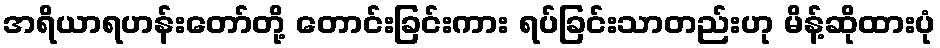
အရိယာရဟန်းတော်တို့ တောင်းခြင်းကား ရပ်ခြင်းသာတည်းဟု မိန့်ဆိုထားပုံ